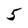
Character: 5